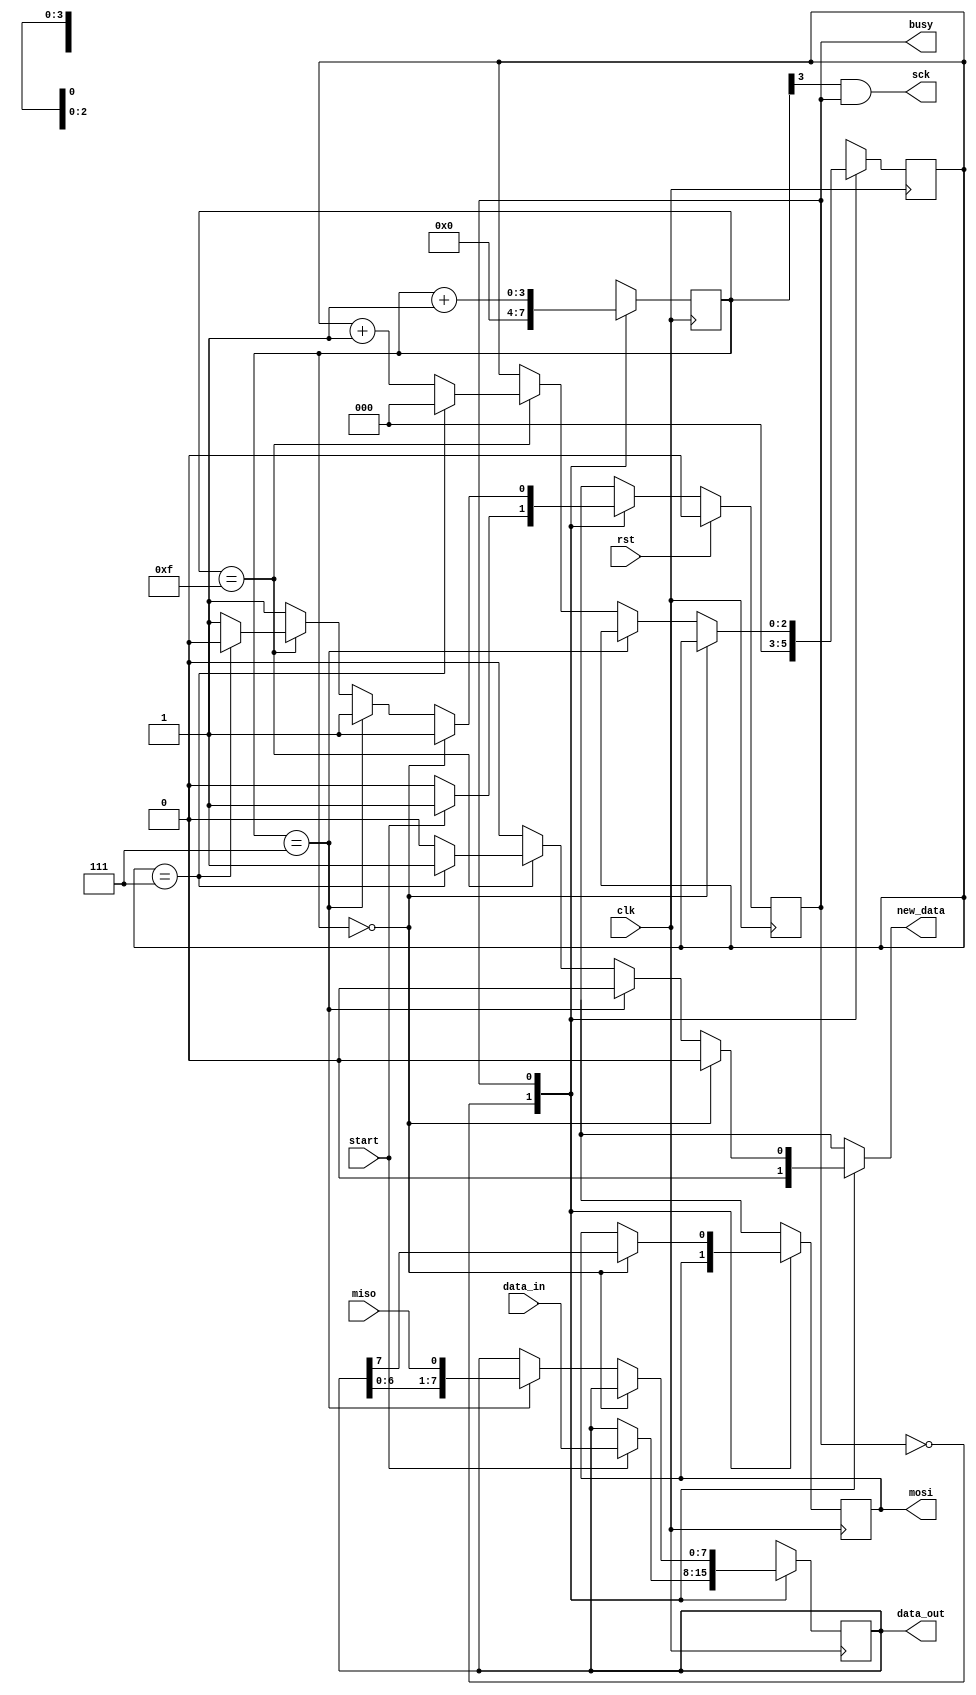
/*
   This file was generated automatically by the Mojo IDE version B1.3.6.
   Do not edit this file directly. Instead edit the original Lucid source.
   This is a temporary file and any changes made to it will be destroyed.
*/

/*
   Parameters:
     CLK_DIV = 4
     CPOL = 0
     CPHA = 0
*/
module spi_master26_63 (
    input clk,
    input rst,
    input miso,
    output reg mosi,
    output reg sck,
    input start,
    input [7:0] data_in,
    output reg [7:0] data_out,
    output reg new_data,
    output reg busy
  );
  
  localparam CLK_DIV = 3'h4;
  localparam CPOL = 1'h0;
  localparam CPHA = 1'h0;
  
  
  localparam IDLE_state = 1'd0;
  localparam TRANSFER_state = 1'd1;
  
  reg M_state_d, M_state_q = IDLE_state;
  reg [7:0] M_data_d, M_data_q = 1'h0;
  reg [3:0] M_sck_reg_d, M_sck_reg_q = 1'h0;
  reg M_mosi_reg_d, M_mosi_reg_q = 1'h0;
  reg [2:0] M_ctr_d, M_ctr_q = 1'h0;
  
  always @* begin
    M_state_d = M_state_q;
    M_mosi_reg_d = M_mosi_reg_q;
    M_sck_reg_d = M_sck_reg_q;
    M_data_d = M_data_q;
    M_ctr_d = M_ctr_q;
    
    new_data = 1'h0;
    busy = M_state_q != IDLE_state;
    data_out = M_data_q;
    sck = ((1'h0 ^ M_sck_reg_q[3+0-:1]) & (M_state_q == TRANSFER_state)) ^ 1'h0;
    mosi = M_mosi_reg_q;
    
    case (M_state_q)
      IDLE_state: begin
        M_sck_reg_d = 1'h0;
        M_ctr_d = 1'h0;
        if (start) begin
          M_data_d = data_in;
          M_state_d = TRANSFER_state;
        end
      end
      TRANSFER_state: begin
        M_sck_reg_d = M_sck_reg_q + 1'h1;
        if (M_sck_reg_q == 1'h0) begin
          M_mosi_reg_d = M_data_q[7+0-:1];
        end else begin
          if (M_sck_reg_q == 3'h7) begin
            M_data_d = {M_data_q[0+6-:7], miso};
          end else begin
            if (M_sck_reg_q == 4'hf) begin
              M_ctr_d = M_ctr_q + 1'h1;
              if (M_ctr_q == 3'h7) begin
                M_state_d = IDLE_state;
                new_data = 1'h1;
                M_ctr_d = 1'h0;
              end
            end
          end
        end
      end
    endcase
  end
  
  always @(posedge clk) begin
    M_data_q <= M_data_d;
    M_sck_reg_q <= M_sck_reg_d;
    M_mosi_reg_q <= M_mosi_reg_d;
    M_ctr_q <= M_ctr_d;
    
    if (rst == 1'b1) begin
      M_state_q <= 1'h0;
    end else begin
      M_state_q <= M_state_d;
    end
  end
  
endmodule